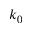
k _ { 0 }